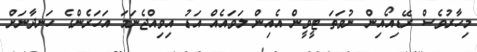
މިހާރުވެސް ރޭޑިއޯއިން ނުވަތަ ޓީވީން އެއިން ލަވައެއް އަޑު އިވިއްޖެނަމަ އަހަރެންގެ ހަނދާނަށް